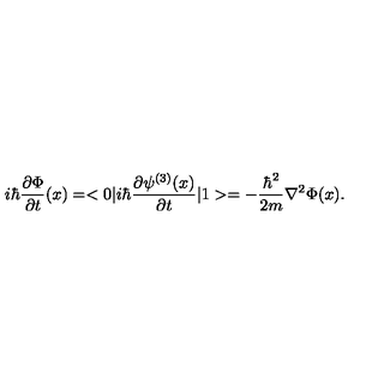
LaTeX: i \hbar { \frac { \partial \Phi } { \partial t } } ( x ) = < 0 | i \hbar { \frac { \partial \psi ^ { ( 3 ) } ( x ) } { \partial t } } | 1 > = - { \frac { \hbar ^ { 2 } } { 2 m } } \nabla ^ { 2 } \Phi ( x ) .